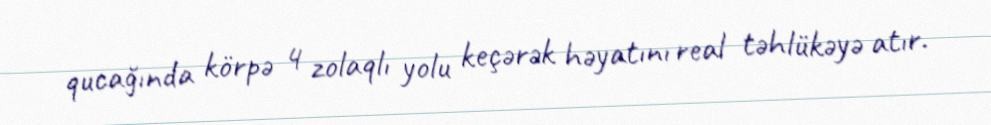
qucağında körpə 4 zolaqlı yolu keçərək həyatını real təhlükəyə atır.